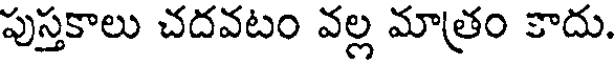
పుస్తకాలు చదవటం వల్ల మాత్రం కాదు.